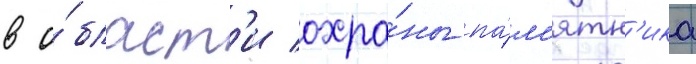
в о́бласт'и охра́ны па́м'ятн'ика